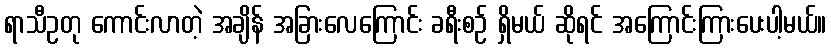
ရာသီဥတု ကောင်းလာတဲ့ အချိန် အခြားလေကြောင်း ခရီးစဉ် ရှိမယ် ဆိုရင် အကြောင်းကြားပေးပါ့မယ်။